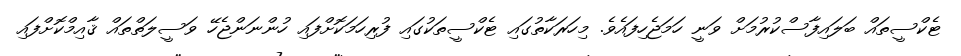
ޓެކްސީތައް ބަލައިފާސްކުރުމަށް ވަނީ ހަމަޖެހިފައެވެ. މިހަރަކާތުގައި ޓެކްސީތަކުގައި ފުރިހަމަކޮށްފައި ހުންނަންޖެހޭ ވަސީލަތްތައް ޤާއިމްކޮށްފައި